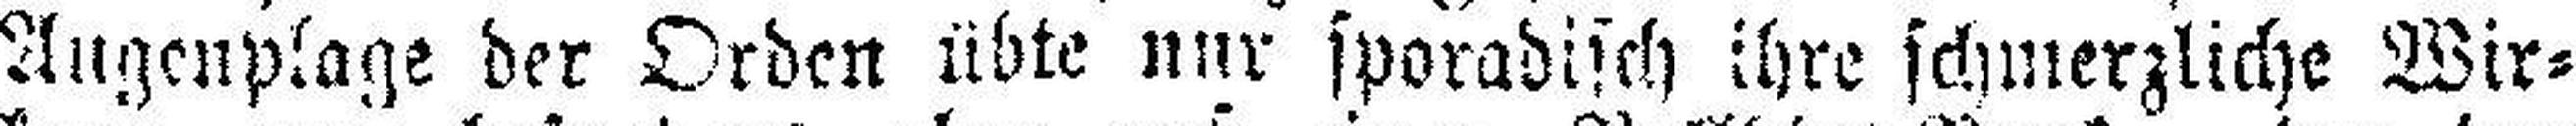
Augenplage der Orden übte nur sporadisch ihre schmerzliche Wir¬